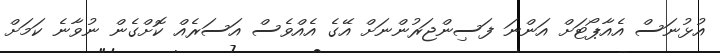
އުޅުނަސް އެއާޕޯޓަށް އަންނަ ފަސިންޖަރުންނަށް އޭގެ އެއްވެސް އަސަރެއް ކޮށްގެން ނުވާނެ ކަމަށް